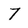
Character: 7